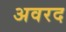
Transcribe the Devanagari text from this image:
अवरद